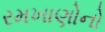
રમખાણોનો